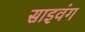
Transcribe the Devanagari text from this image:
साइवंग